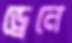
ড্রেনে